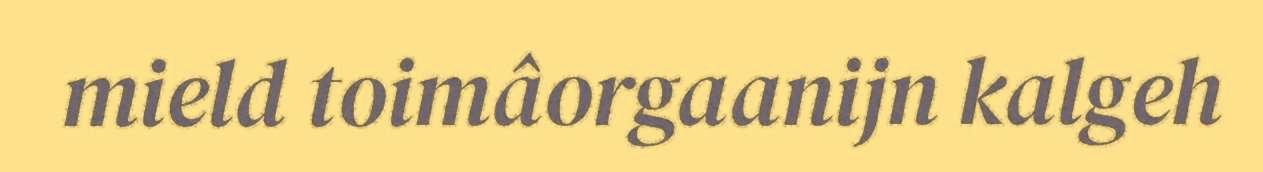
mield toimâorgaanijn kalgeh